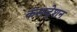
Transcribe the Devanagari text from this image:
कंसन्ट्रेशन